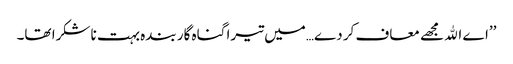
’’اے اﷲ مجھے معاف کر دے…میں تیرا گناہ گار بندہ بہت ناشکرا تھا۔